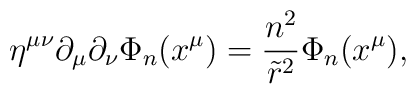
\eta^{\mu\nu} \partial_\mu \partial_\nu \Phi_n (x^\mu) = \frac{n^2}{{\tilde r}^2} \Phi_n (x^\mu),